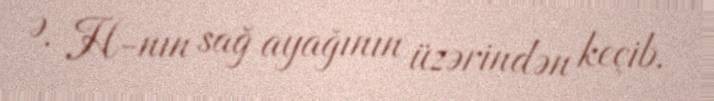
Ə. H-nın sağ ayağının üzərindən keçib.